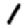
Digit: 1